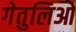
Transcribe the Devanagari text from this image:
गेतुलिओ